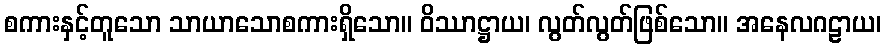
စကားနှင့်တူသော သာယာသောစကားရှိသော။ ဝိဿာဋ္ဌာယ၊ လွတ်လွတ်ဖြစ်သော။ အနေလဂဠာယ၊